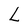
Character: L